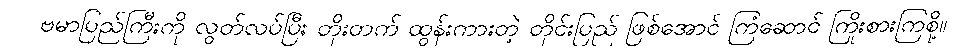
ဗမာပြည်ကြီးကို လွတ်လပ်ပြီး တိုးတက် ထွန်းကားတဲ့ တိုင်းပြည် ဖြစ်အောင် ကြံဆောင် ကြိုးစားကြစို့။